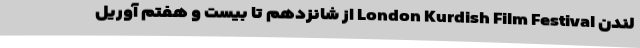
لندن London Kurdish Film Festival از شانزدهم تا بیست و هفتم آوریل